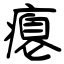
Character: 瘪